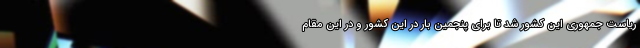
ریاست جمهوری این کشور شد تا برای پنجمین بار در این کشور و در این مقام